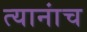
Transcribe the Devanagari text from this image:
त्यानांच